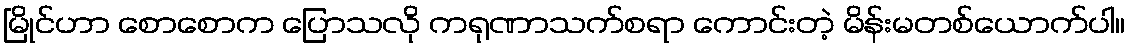
မြိုင်ဟာ စောစောက ပြောသလို ကရုဏာသက်စရာ ကောင်းတဲ့ မိန်းမတစ်ယောက်ပါ။